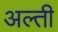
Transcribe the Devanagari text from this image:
अल्ती